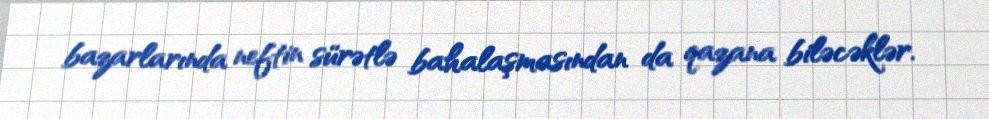
bazarlarında neftin sürətlə bahalaşmasından da qazana biləcəklər.